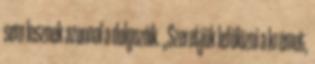
sem lesznek azonnal a dolgozóik. „Szeretjük lefölözni a krémet,